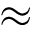
\approx